Report on the treatment of epidemic cholera: from information collected by the governments of Bengal, Madras, Bombay, N.W. Provinces, Punjab, Oudh, and Central India, by order of the Government of India
Disease focus: Cholera
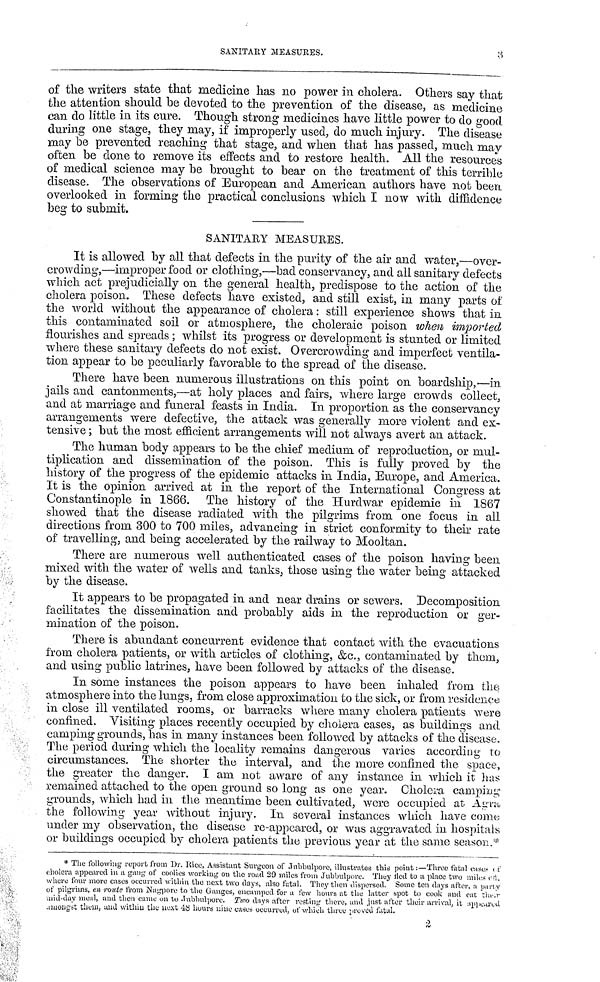
SANITARY MEASURES.
3
of the writers state that medicine has no power in cholera. Others say that
the attention should be devoted to the prevention of the disease, as medicine
can do little in its cure. Though strong medicines have little power to do good
during one stage, they may, if improperly used, do much injury. The disease
may he prevented reaching that stage, and when that has passed, much may
often he clone to remove its effects and to restore health. All the resources
of medical science may he brought to bear on the treatment of this terrible
disease. The observations of European and American authors have not been
overlooked in forming the practical conclusions which I now with diffidence
beg to submit.
SANITARY MEASURES.
It is allowed by all that defects in the purity of the air and water,—over-
crowding,—improper food or clothing,—bad conservancy, and all sanitary defects
which act prejudicially on the general health, predispose to the action of the
cholera poison. These defects have existed, and still exist, in many parts of
the world without the appearance of cholera : still experience shows that in
this contaminated soil or atmosphere, the choleraic poison when imported
flourishes and spreads; whilst its progress or development is stunted or limited
where these sanitary defects do not exist. Overcrowding and imperfect ventila-
tion appear to be peculiarly favorable to the spread of the disease.
There have been numerous illustrations on this point on boardship,—in
jails and cantonments,—at holy places and fairs, where large crowds collect,
and at marriage and funeral feasts in India. In proportion as the conservancy
arrangements were defective, the attack was generally more violent and ex-
tensive ; but the most efficient arrangements will not always avert an attack.
The human body appears to be the chief medium of reproduction, or mul-
tiplication and dissemination of the poison. This is fully proved by the
history of the progress of the epidemic attacks in India, Europe, and America.
It is the opinion arrived at in the report of the International Congress at
Constantinople in 1866.
The history of the Hurdwar epidemic in 1867
showed that the disease radiated with the pilgrims from one focus in all
directions from 300 to 700 miles, advancing in strict conformity to their rate
of travelling, and being accelerated by the railway to Mooltan.
There are numerous well authenticated cases of the poison having been
mixed with the water of wells and tanks, those using the water being attacked
by the disease.
It appears to be propagated in and near drains or sewers. Decomposition
facilitates the dissemination and probably aids in the reproduction or ger-
mination of the poison.
There is abundant concurrent evidence that contact with the evacuations
from cholera patients, or with articles of clothing, &c., contaminated by them,
and using public latrines, have been followed by attacks of the disease.
In some instances the poison appears to have been inhaled from the
atmosphere into the lungs, from close approximation to the sick, or from residence
in close ill ventilated rooms, or barracks where many cholera patients were
confined. Visiting places recently occupied by choiera cases, as buildings and
camping grounds, has in many instances been followed by attacks of the disease.
The period during which the locality remains dangerous varies according to
circumstances. The shorter the interval, and the more confined the space,
the greater the danger. I am not aware of any instance in which it has
remained attached to the open ground so long as one year. Cholera camping
grounds, which had in the meantime been cultivated, were occupied at Αgra
the following year without injury. In several instances which have come
under my observation, the disease re-appeared, or was aggravated in hospitals
or buildings occupied by cholera patients the previous year at the same season.*
* The following report from Dr. Ricc, Assistant Surgeon of Jubbulpore, illustrales this point :—Three fatal cases I
cholera appeared in a gang of coolies working on the road 29 miles from Jubbulpore. They \ill\ to a place two
\ill\
where four more cases occurred within the next two days, also fatal. They then dispersed. Some ten days after, a party
of pilgrims, en route from Nagpore to the Ganges, encamped for a few hours at the latter spot to cook and can their
mid-day meal, and then came on to Juhhulpore. Two days after resting there, and just after their arrival, it appeared
amongst them and within the next 48 hours nine cases occurred, of which three proved fatal.
2